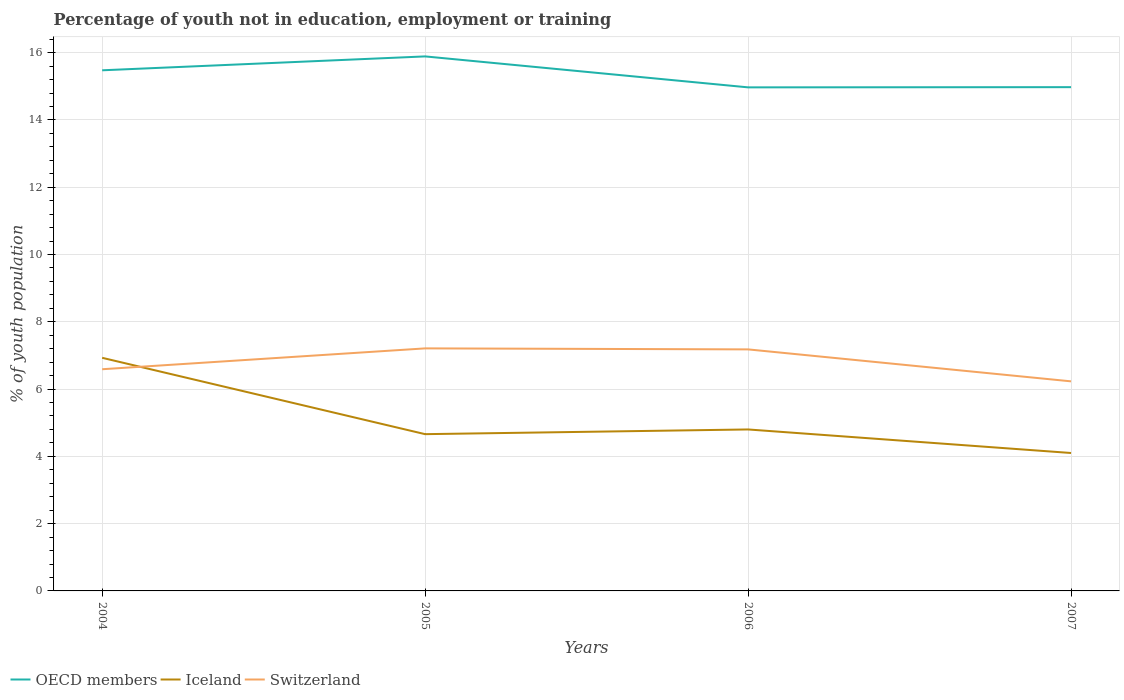
| Years | OECD members | Iceland | Switzerland |
 | --- | --- | --- | --- |
 | 2004 | 15.5 | 6.93 | 6.59 |
 | 2005 | 15.9 | 4.66 | 7.21 |
 | 2006 | 15 | 4.8 | 7.18 |
 | 2007 | 15 | 4.1 | 6.23 |